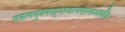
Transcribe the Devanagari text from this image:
सकलभुवनरङ्गस्थापनास्तम्भयष्टिः